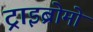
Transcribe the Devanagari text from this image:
ट्राइब्रोमो